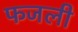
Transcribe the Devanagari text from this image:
फजली